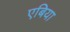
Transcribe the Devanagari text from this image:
एबिया